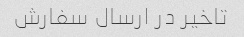
تاخیر در ارسال سفارش